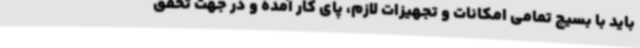
باید با بسیج تمامی امکانات و تجهیزات لازم، پای کار آمده و در جهت تحقق